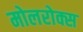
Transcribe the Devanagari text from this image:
मोलरोक्स